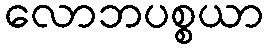
လောဘပစ္စယာ